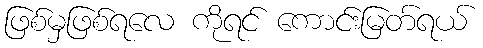
ဖြစ်မှဖြစ်ရလေ ကိုရင် ကောင်းမြတ်ရယ်